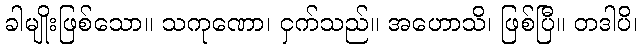
ခါမျိုးဖြစ်သော။ သကုဏော၊ ငှက်သည်။ အဟောသိ၊ ဖြစ်ပြီ။ တဒါပိ၊